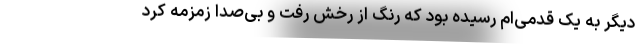
دیگر به یک قدمی‌ام رسیده بود که رنگ از رخش رفت و بی‌صدا زمزمه کرد